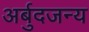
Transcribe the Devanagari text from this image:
अर्बुदजन्य